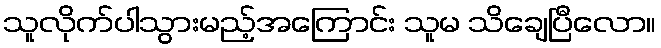
သူလိုက်ပါသွားမည့်အကြောင်း သူမ သိချေပြီလော။